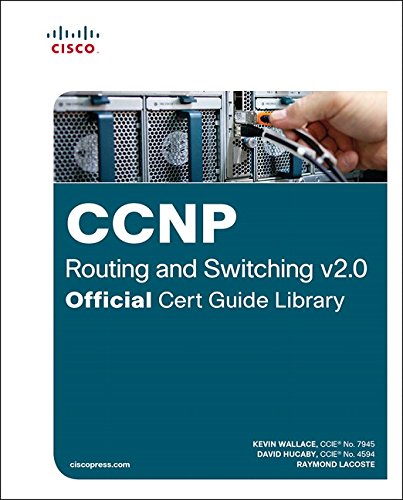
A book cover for CCNP Routing and Switching v2.0 Official Cert Guide Library; Kevin Wallace; Computers & Technology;